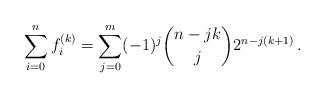
LaTeX: \begin{align*}\sum_{i=0}^{n} f_i^{(k)} =\sum_{j=0}^{m} (-1)^{j} \binom{n-jk}{j}2^{n-j(k+1)} \,.\end{align*}